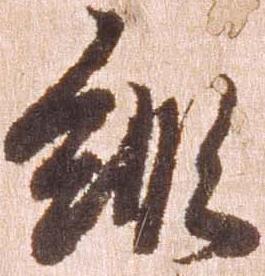
縦